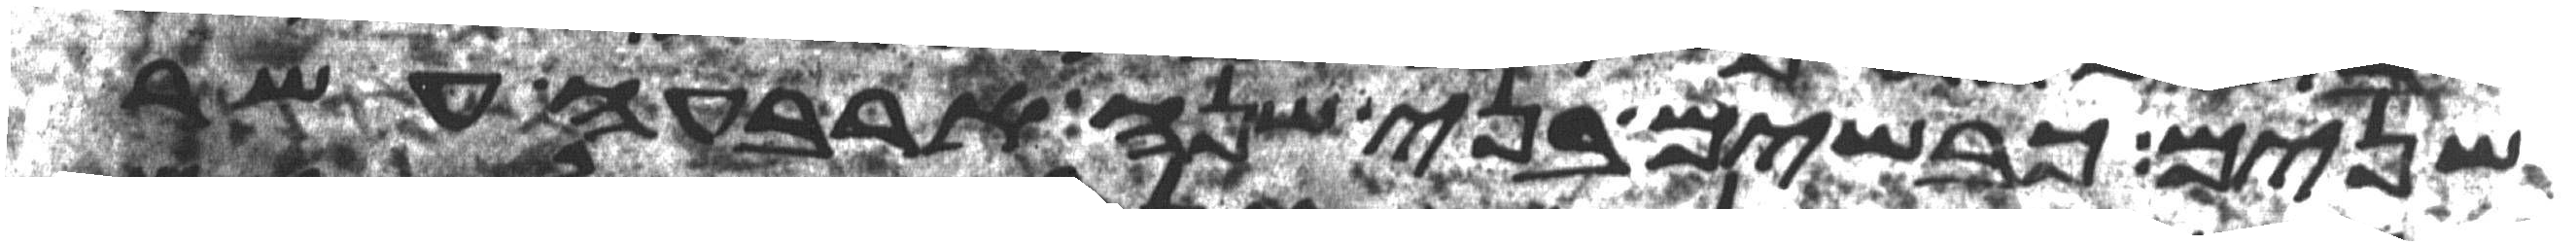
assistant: שנים כבשים בני שנה ארבעה עשר